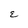
Character: E